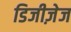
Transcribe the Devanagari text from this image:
डिजीज़ेज